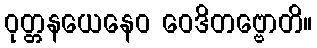
ဝုတ္တနယေနေဝ ဝေဒိတဗ္ဗောတိ။